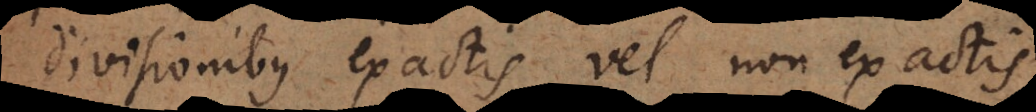
divisionibus exactis vel non exactis